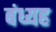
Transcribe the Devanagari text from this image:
बंध्यह